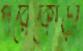
পরৈকোড়া